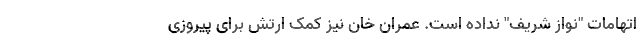
اتهامات "نواز شریف" نداده است. عمران خان نیز کمک ارتش برای پیروزی